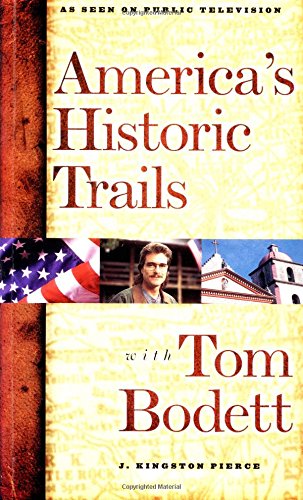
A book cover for America's Historic Trails: With Tom Bodett; J. Kingstone Pierce; Travel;